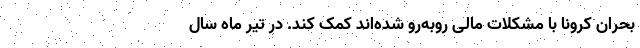
بحران کرونا با مشکلات مالی روبه‌رو شده‌اند کمک کند. در تیر ماه سال